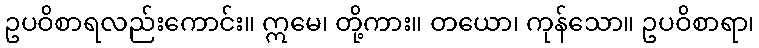
ဥပဝိစာရလည်းကောင်း။ ဣမေ၊ တို့ကား။ တယော၊ ကုန်သော။ ဥပဝိစာရာ၊